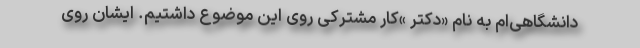
دانشگاهی‌ام به نام «دکتر »کار مشترکی روی این موضوع داشتیم. ایشان روی